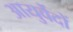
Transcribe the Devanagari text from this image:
आयुर्वेदों